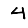
Digit: 4